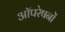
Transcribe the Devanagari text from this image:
आॅपरेषनों